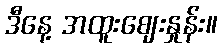
ဒီနေ့ အထူးဈေးနှုန်း။